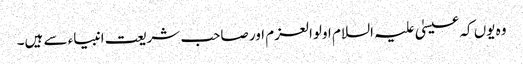
وہ یوں کہ عیسیٰ علیہ السلام اولوالعزم اور صاحب شریعت انبیاء سے ہیں۔